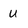
Character: u